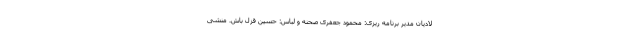
لادیان مدیر برنامه ریزی: محمود جعفری صحنه و لباس: حسین قزل باش. منشی